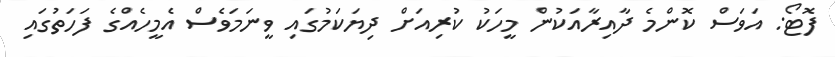
ފޮޓޯ: އަވަސް ކޮންމެ ދާއިރާއަކުން މީހަކު ކުރިއަށް ދިޔަކަމުގައި ވީނަމަވެސް އެމީހެއްގެ ފަހަތުގައި